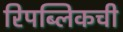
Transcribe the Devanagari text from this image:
रिपब्लिकची